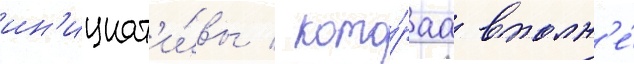
ин'ициат'и́вы / кото́раа вполн'е́